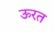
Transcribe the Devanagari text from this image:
ऊरत